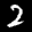
Label: 2